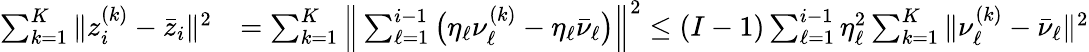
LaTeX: \begin{array}{rl}{\sum_{k=1}^{K}\| z_{i}^{(k)}-\bar{z}_{i}\| ^{2}}&{=\sum_{k=1}^{K}\Big\| \sum_{\ell=1}^{i-1}\big(\eta_{\ell}\nu_{\ell}^{(k)}-\eta_{\ell}\bar{\nu}_{\ell}\big)\Big\| ^{2}\leq{(I-1)}\sum_{\ell=1}^{i-1}\eta_{\ell}^{2}\sum_{k=1}^{K}\| \nu_{\ell}^{(k)}-\bar{\nu}_{\ell}\| ^{2}}\end{array}